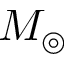
M _ { \circledcirc }